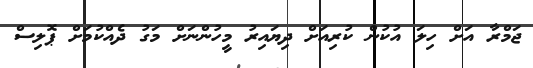
ޖަމްރާ އަށް ހިލަ އުކުން ކުރިއަށް ދިޔައިރު މީހުންނަށް މަގު ދެއްކުމަށް ޕޮލިސް